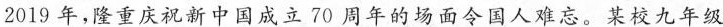
2019年，隆重庆祝新中国成立70周年的场面令国人难忘。某校九年级